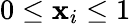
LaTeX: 0\leq\mathbf{x}_{i}\leq1